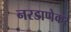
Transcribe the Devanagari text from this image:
नरडाणेकर